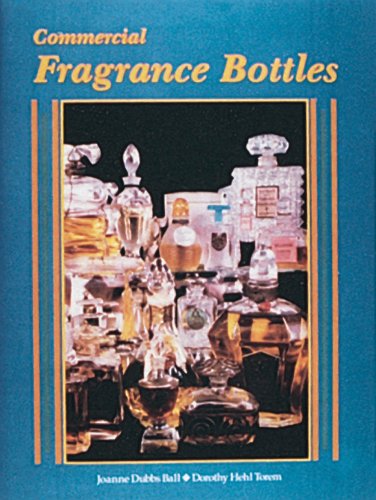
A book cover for Commercial Fragrance Bottles; Joanne Dubbs Ball; Crafts, Hobbies & Home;